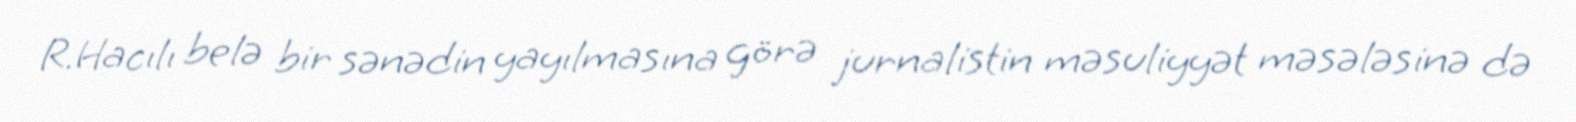
R.Hacılı belə bir sənədin yayılmasına görə jurnalistin məsuliyyət məsələsinə də